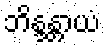
ဘိန္ဒန္တာယံ